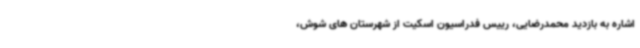
اشاره به بازدید محمدرضایی، رییس فدراسیون اسکیت از شهرستان های شوش،